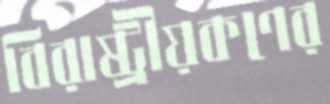
বিরাষ্ট্রীয়কণের